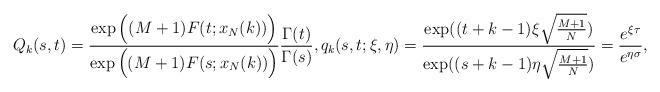
LaTeX: \begin{align*} Q_k(s,t)= \frac{\exp \Big( (M + 1)F(t; x_N(k)) \Big)}{\exp \Big( (M + 1)F(s; x_N(k)) \Big)} \frac{\Gamma(t)}{\Gamma(s)}, q_k(s, t; \xi, \eta) = \frac{\exp((t+k-1)\xi\sqrt{\frac{M+1}{N}})}{\exp((s+k-1)\eta \sqrt{\frac{M+1}{N}})} = \frac{e^{\xi \tau}}{e^{\eta \sigma}}, \end{align*}